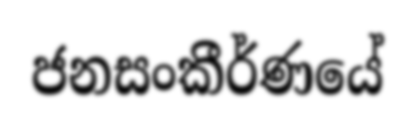
ජනසංකීර්ණයේ